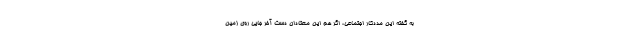
به گفته این مددکار اجتماعی، اگر هم این معتادان دست آخر جایی روی زمین